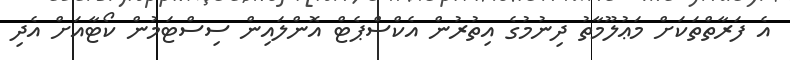
އެ ފަރާތްތަކަށް މަޢުލޫމާތު ދިނުމުގެ އިތުރުން އެކްސްޕެޓް އޮންލައިން ސިސްޓަމުން ކޯޓާއަށް އެދި